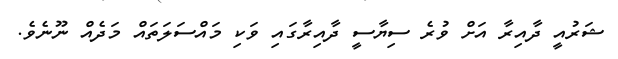
ޝަރުއީ ދާއިރާ އަށް ވުރެ ސިޔާސީ ދާއިރާގައި ވަކި މައްސަލަތައް މަދެއް ނޫނެވެ.